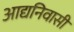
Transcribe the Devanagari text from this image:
आद्यनिवासी